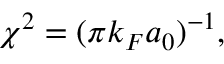
\chi ^ { 2 } = ( \pi k _ { F } a _ { 0 } ) ^ { - 1 } ,